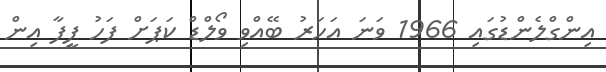
އިންގްލެންޑުގައި 1966 ވަނަ އަހަރު ބޭއްވި ވޯލްޑް ކަޕަށް ފަހު ފީފާ އިން